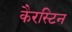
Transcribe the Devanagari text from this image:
कैरस्टिन